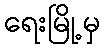
ရေးမြို့မှ